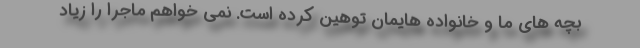
بچه های ما و خانواده هایمان توهین کرده است. نمی خواهم ماجرا را زیاد